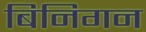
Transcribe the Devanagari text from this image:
बिनिगन